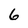
Character: 6